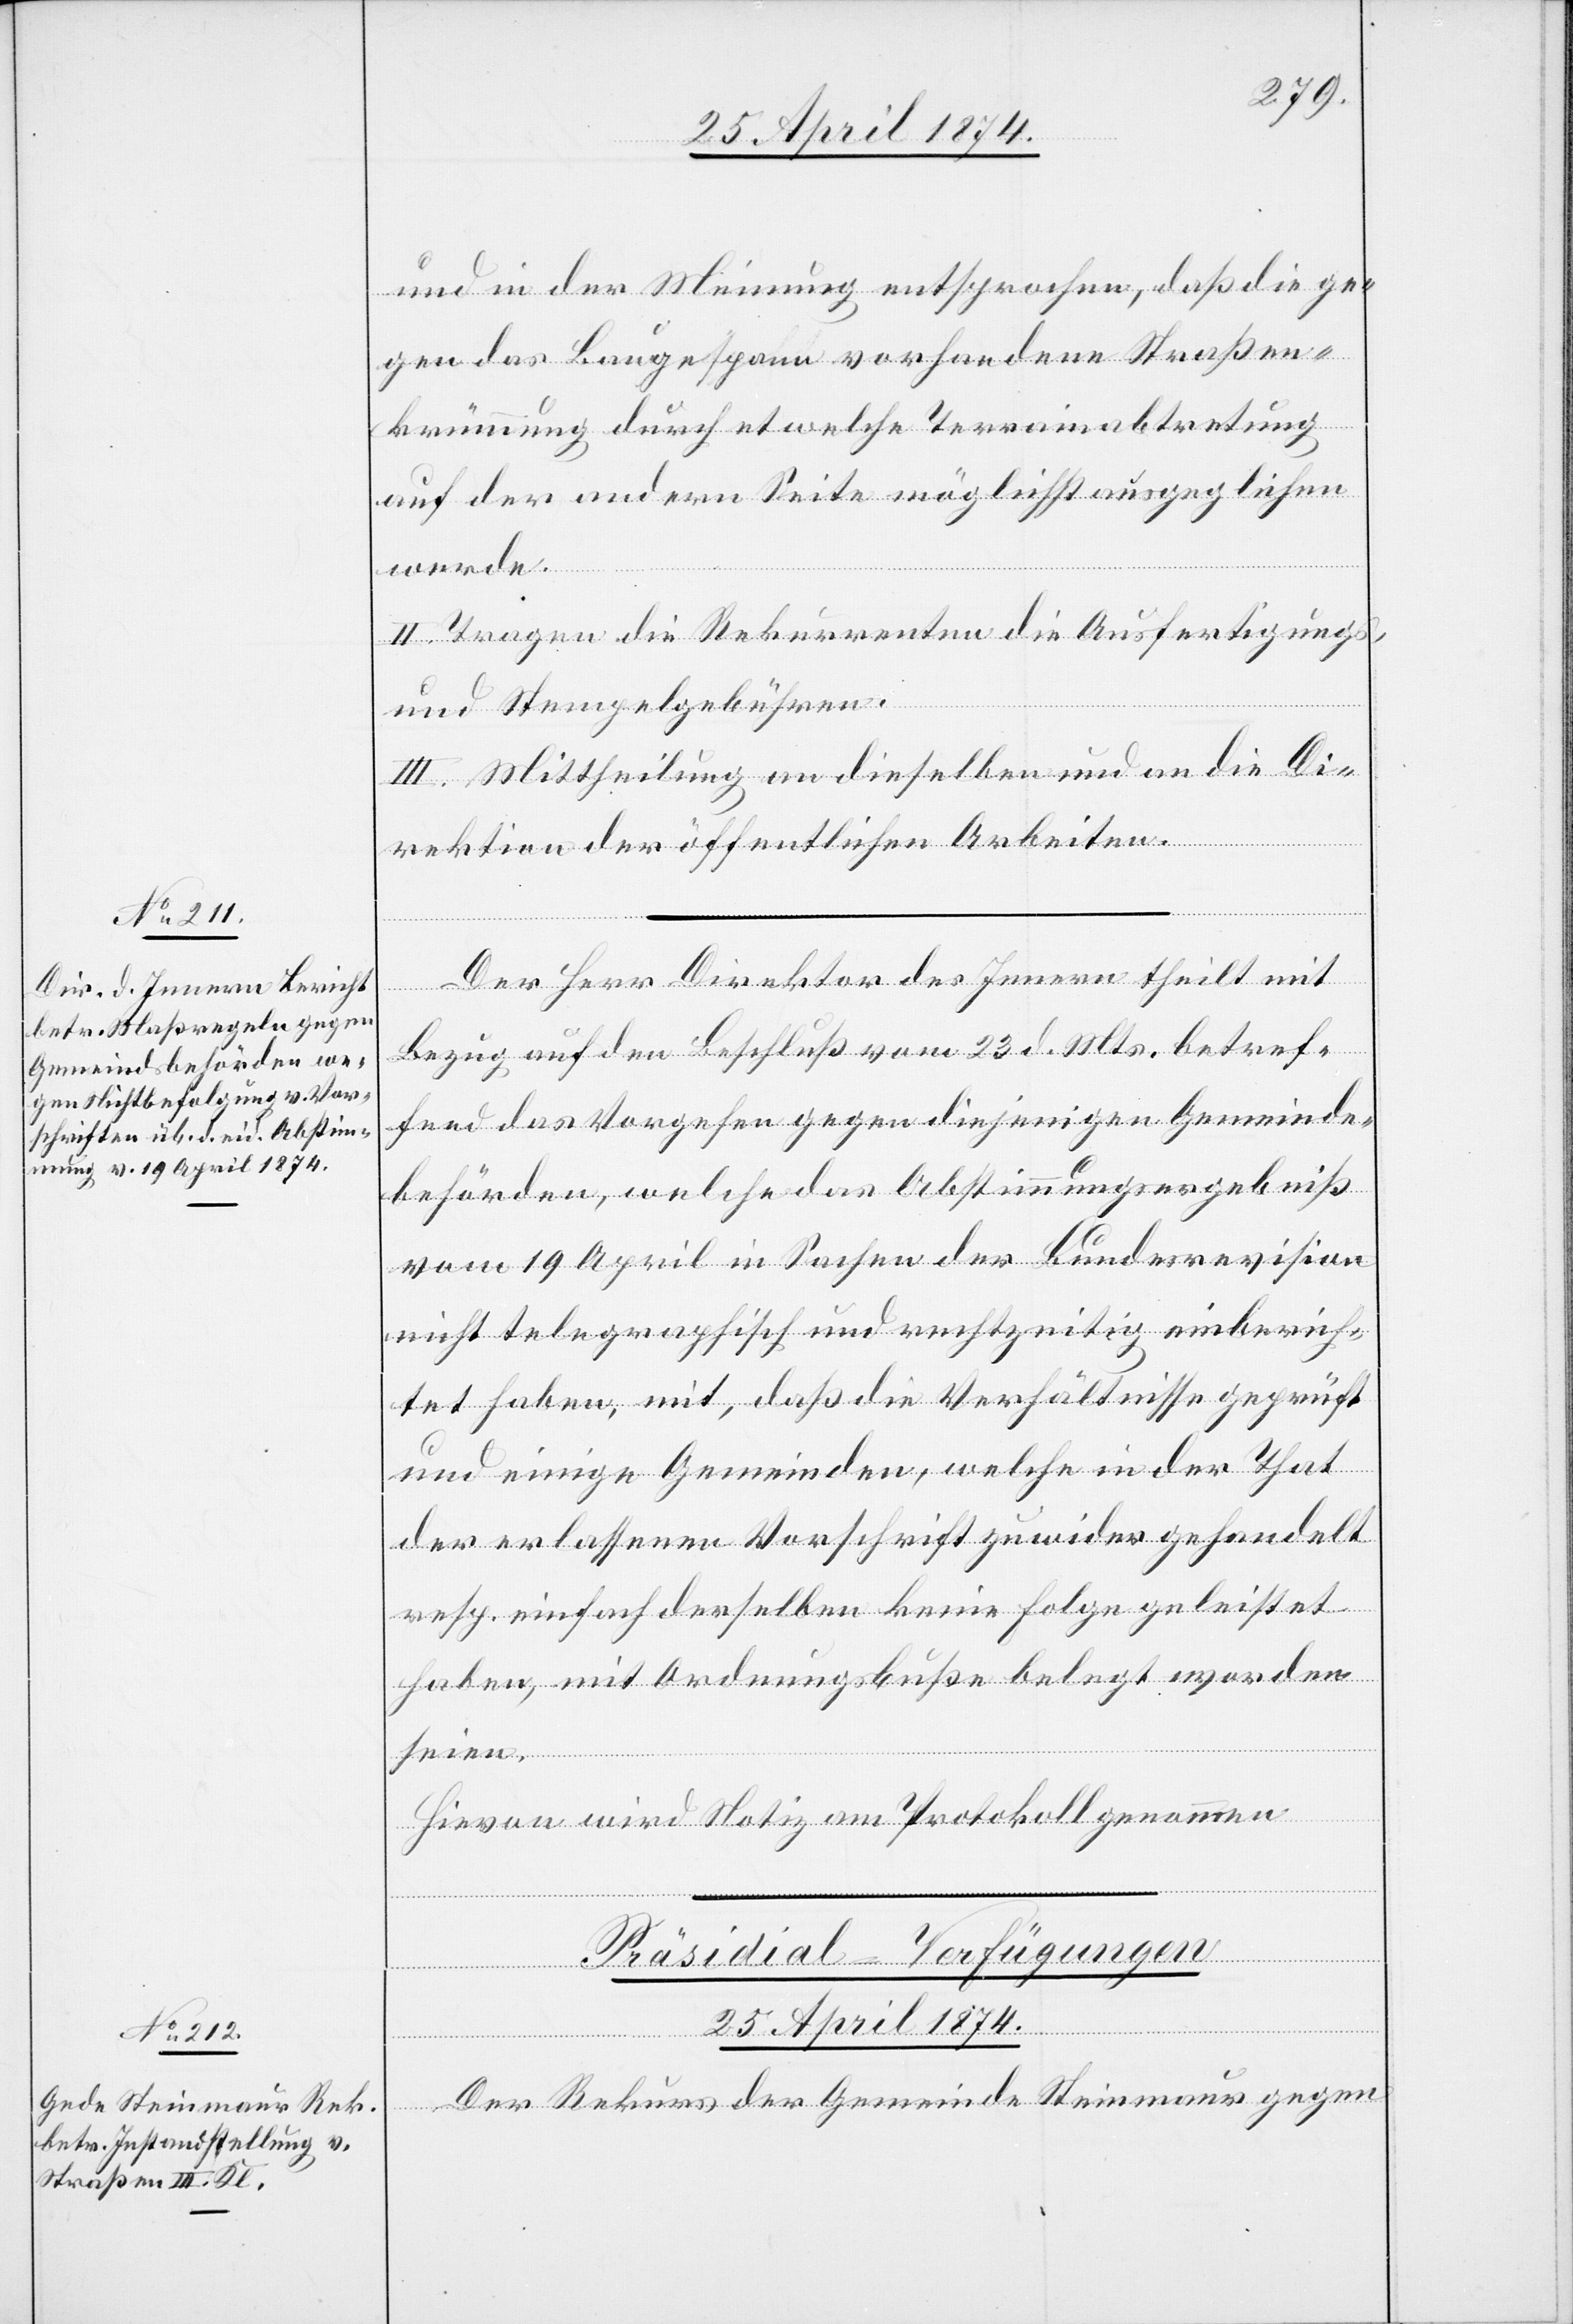
und in der Meinung entsprochen, daß die ge¬
gen das Baugespann vorhandene Straßen¬
krümmung durch etwelche Terrainabtretung
auf der andern Seite möglichst ausgeglichen
werde.
II. Tragen die Rekurrenten die Ausfertigung¬
und Stempelgebühren.
III. Mittheilung an dieselben und an die Di¬
rektion der öffentlichen Arbeiten.
Der Herr Direktor des Innern theilt mit
Bezug auf den Beschluß vom 23. d. Mts. betref¬
fend das Vorgehen gegen diejenigen Gemeinde¬
behörden, welche das Abstimmungsergebniß
vom 19. April in Sachen der Bundesrevision
nicht telegraphische und rechtzeitig einberich¬
tet haben, mit, daß die Verhältnisse geprüft
und eine Gemeinden, welche in der That
der erlassenen Vorschrift zuwider gehandelt
resp. einfach derselben keine Folge geleistet
haben, mit Ordnungsbuße belegt worden
seien.
Hievon wird Notiz am Protokoll genommen.
s[-],
Präsidial-Verfügungen
25. April 1874.
Der Rekurs der Gemeinde Steinmaur gegen